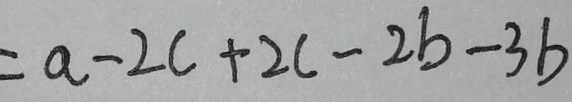
= a - 2 c + 2 c - 2 b - 3 b